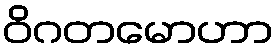
ဝိဂတမောဟာ